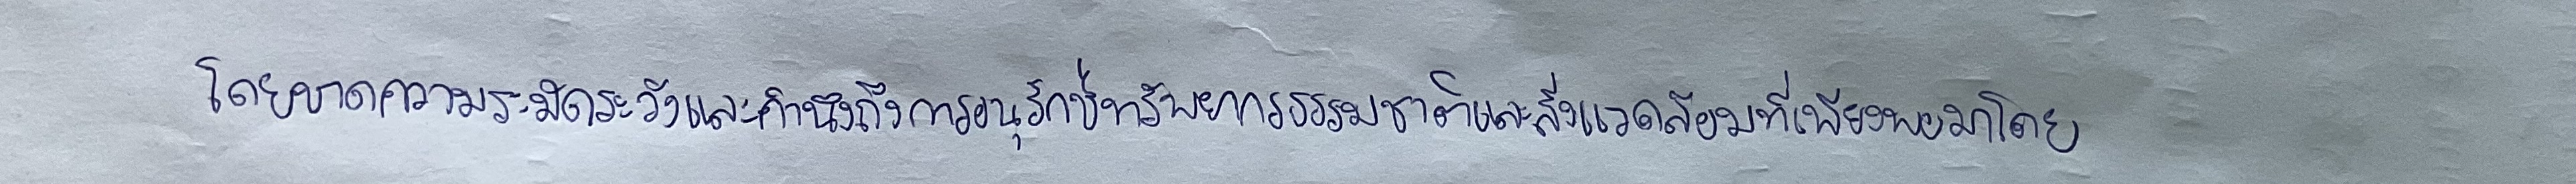
โดยขาดความระมัดระวังและคำนึงถึงการอนุรักษ์ทรัพยากรธรรมชาติและสิ่งแวดล้อมที่เพียงพอมาโดย